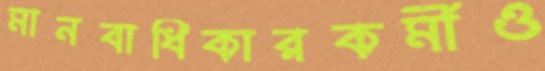
মানবাধিকারকর্মীও